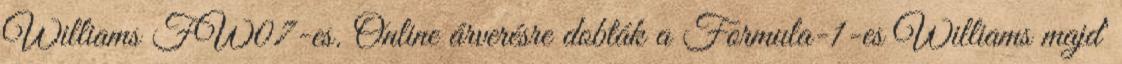
Williams FW07-es. Online árverésre dobták a Formula-1-es Williams majd'